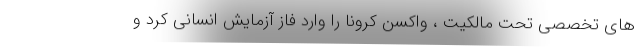
های تخصصی تحت مالکیت ، واکسن کرونا را وارد فاز آزمایش انسانی کرد و